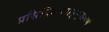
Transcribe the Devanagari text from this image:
प्रसिद्धिपराङ्‌मुखपणे